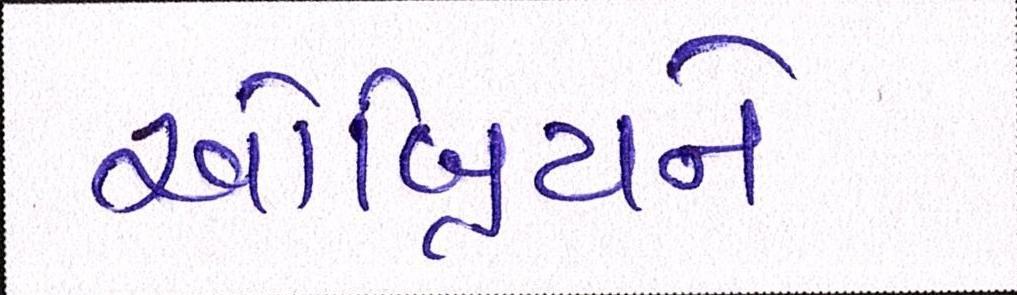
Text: ઓબ્રિયને